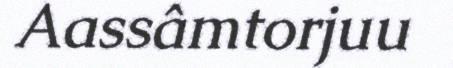
Aassâmtorjuu